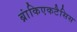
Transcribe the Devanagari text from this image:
ब्रांकिएकटैसिस